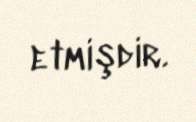
etmişdir.